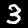
Digit: 3